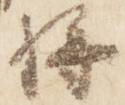
将